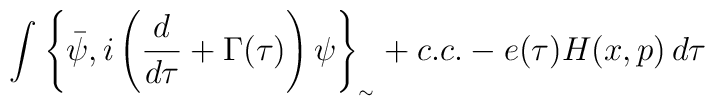
\int_{}^{}{\left\{ \bar{\psi },i\left( \frac{d}{d\tau}+\Gamma(\tau )\right)\psi \right\}_{_{\sim}}+c.c.-e(\tau )H(x,p)\,d\tau }